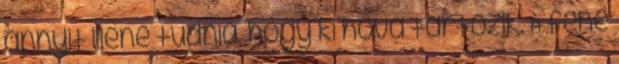
annyit illene tudnia, hogy ki hova tartozik. A fene